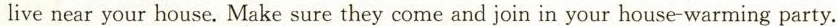
live near your house. Make sure they come and join in your house-warming party.